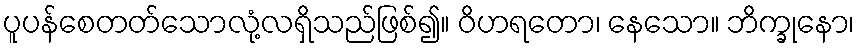
ပူပန်စေတတ်သောလုံ့လရှိသည်ဖြစ်၍။ ဝိဟရတော၊ နေသော။ ဘိက္ခုနော၊